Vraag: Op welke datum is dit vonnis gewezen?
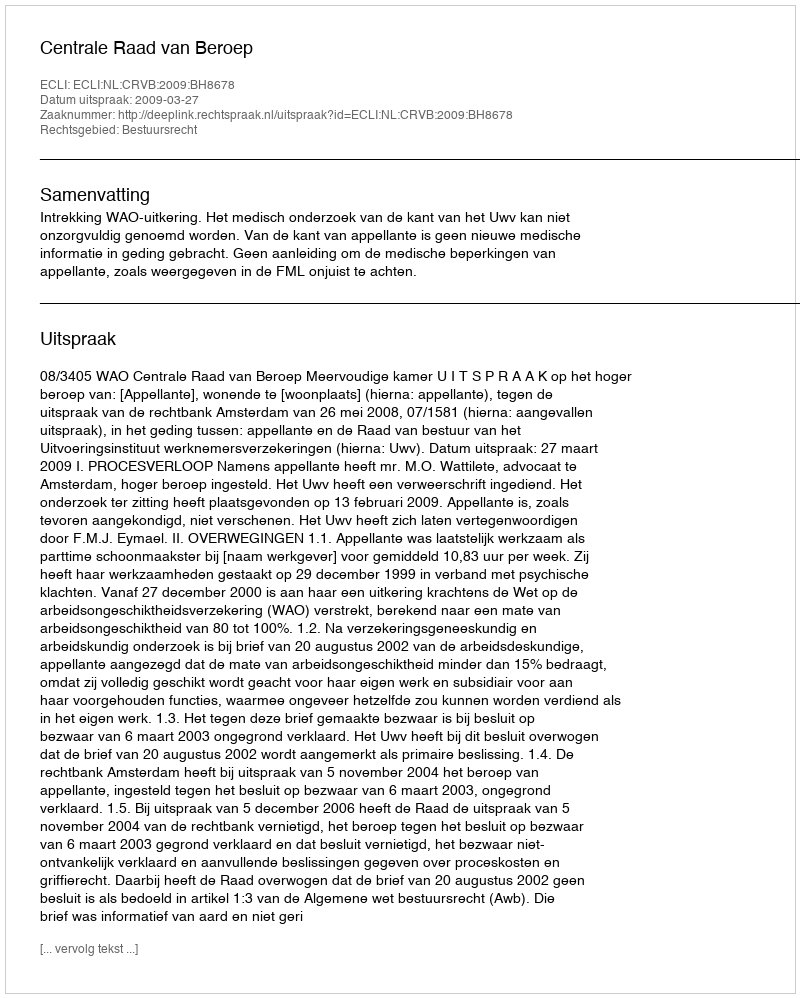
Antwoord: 2009-03-27